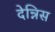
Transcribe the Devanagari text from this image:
देन्निस